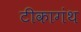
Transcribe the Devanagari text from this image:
टीकागंथ